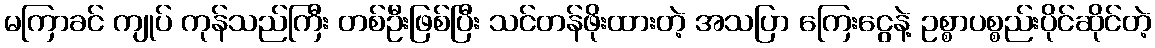
မကြာခင် ကျုပ် ကုန်သည်ကြီး တစ်ဦးဖြစ်ပြီး သင်တန်ဖိုးထားတဲ့ အသပြာ ကြေးငွေနဲ့ ဥစ္စာပစ္စည်းပိုင်ဆိုင်တဲ့